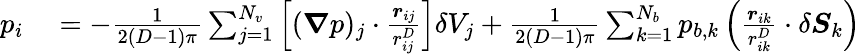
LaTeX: \begin{array}{rl}{p_{i}}&{{}=-\frac 1{2(D-1)\pi}\sum_{j=1}^{N_{v}}\left[(\boldsymbol{\nabla}p)_{j}\cdot\frac{\boldsymbol{r}_{ij}}{r_{ij}^{D}}\right]\delta V_{j}+\frac 1{2(D-1)\pi}\sum_{k=1}^{N_{b}}p_{b,k}\left(\frac{\boldsymbol{r}_{ik}}{r_{ik}^{D}}\cdot\delta\boldsymbol{S}_{k}\right)}\end{array}